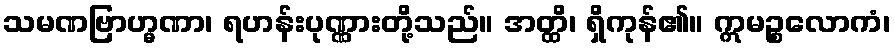
သမဏဗြာဟ္မဏာ၊ ရဟန်းပုဏ္ဏားတို့သည်။ အတ္ထိ၊ ရှိကုန်၏။ ဣမဉ္စလောကံ၊